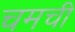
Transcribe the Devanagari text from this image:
चमची